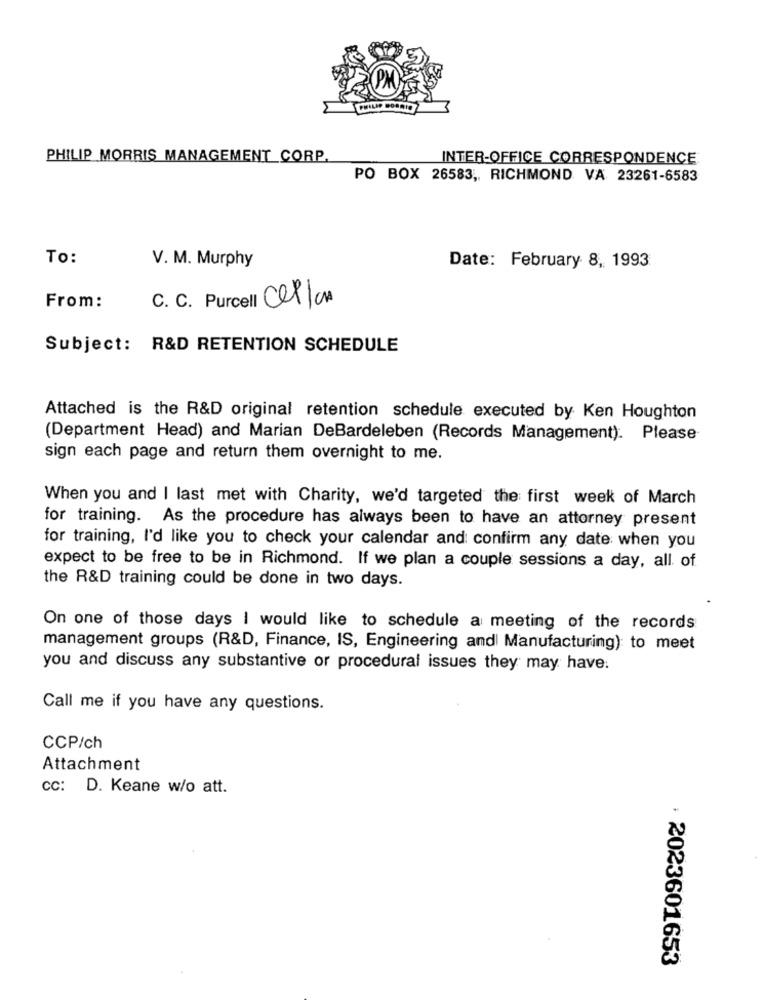
PHILIP MORRIS MANAGEMENT CORP.
INTER-OFFICE CORRESPONDENCE
PO BOX 26583 ,, RICHMOND VA 23261-6583
To:
V. M. Murphy
Date: February 8, 1993
From:
C. C. Purcell CelICA
Subject: R&D RETENTION SCHEDULE
Attached is the R&D original retention schedule executed by Ken Houghton
(Department Head) and Marian DeBardeleben (Records Management). Please
sign each page and return them overnight to me.
When you and I last met with Charity, we'd targeted the first week of March
for training. As the procedure has always been to have an attorney present
for training, I'd like you to check your calendar and confirm any date when you
expect to be free to be in Richmond. If we plan a couple sessions a day, all of
the R&D training could be done in two days.
On one of those days I would like to schedule a meeting of the records
management groups (R&D, Finance, IS, Engineering and Manufacturing) to meet
you and discuss any substantive or procedural issues they may have.
Call me if you have any questions.
CCP/ch
Attachment
cc: D. Keane w/o att.
· 2023601653